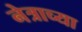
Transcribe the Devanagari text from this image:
नेत्राच्या